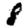
Digit: 8